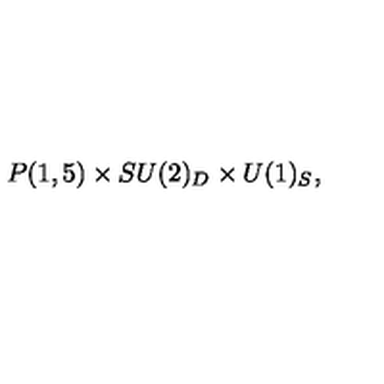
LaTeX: P ( 1 , 5 ) \times S U ( 2 ) _ { D } \times U ( 1 ) _ { S } ,